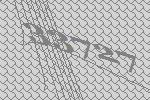
33727